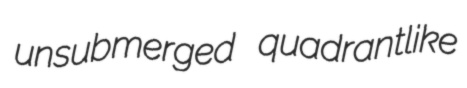
unsubmerged quadrantlike